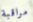
مراقبة